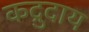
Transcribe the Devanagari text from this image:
कद्रुदाय